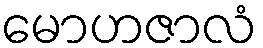
မောဟဇာလံ